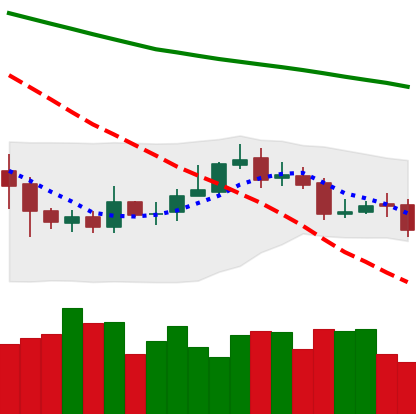
Ticker: ETC-USD
Chart end date: 2020-10-20
Forward return: 8.845%
Label: up_7plus